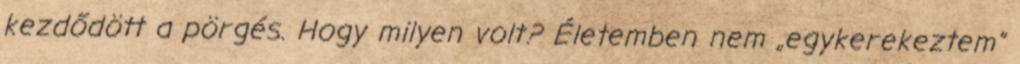
kezdődött a pörgés. Hogy milyen volt? Életemben nem „egykerekeztem”